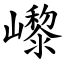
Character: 㠟